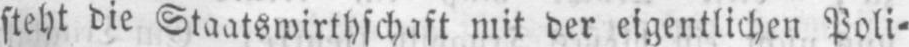
steht die Staatswirthschaft mit der eigentlichen Poli⸗